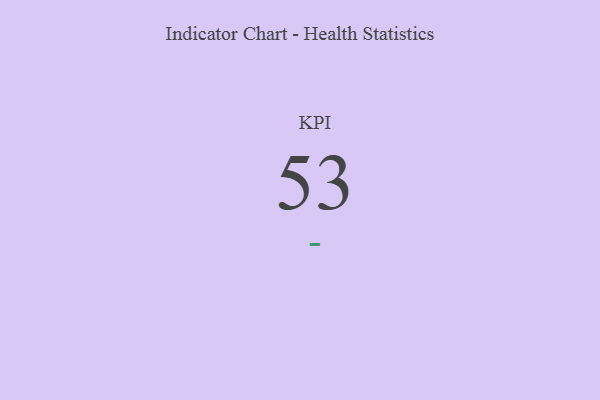
{"axis": {"x": "KPI", "y": "Value"}, "legend": [""], "data": [{"x": "KPI", "y": 53, "type": ""}]}